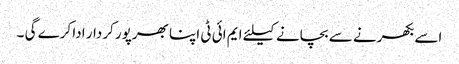
اسے بکھرنے سے بچانے کیلئے ایم ائی ٹی اپنا بھرپور کردار ادا کرے گی ۔